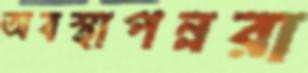
অবস্থাপন্নরা